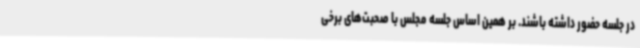
در جلسه حضور داشته باشند. بر همین اساس جلسه مجلس با صحبت‌های برخی